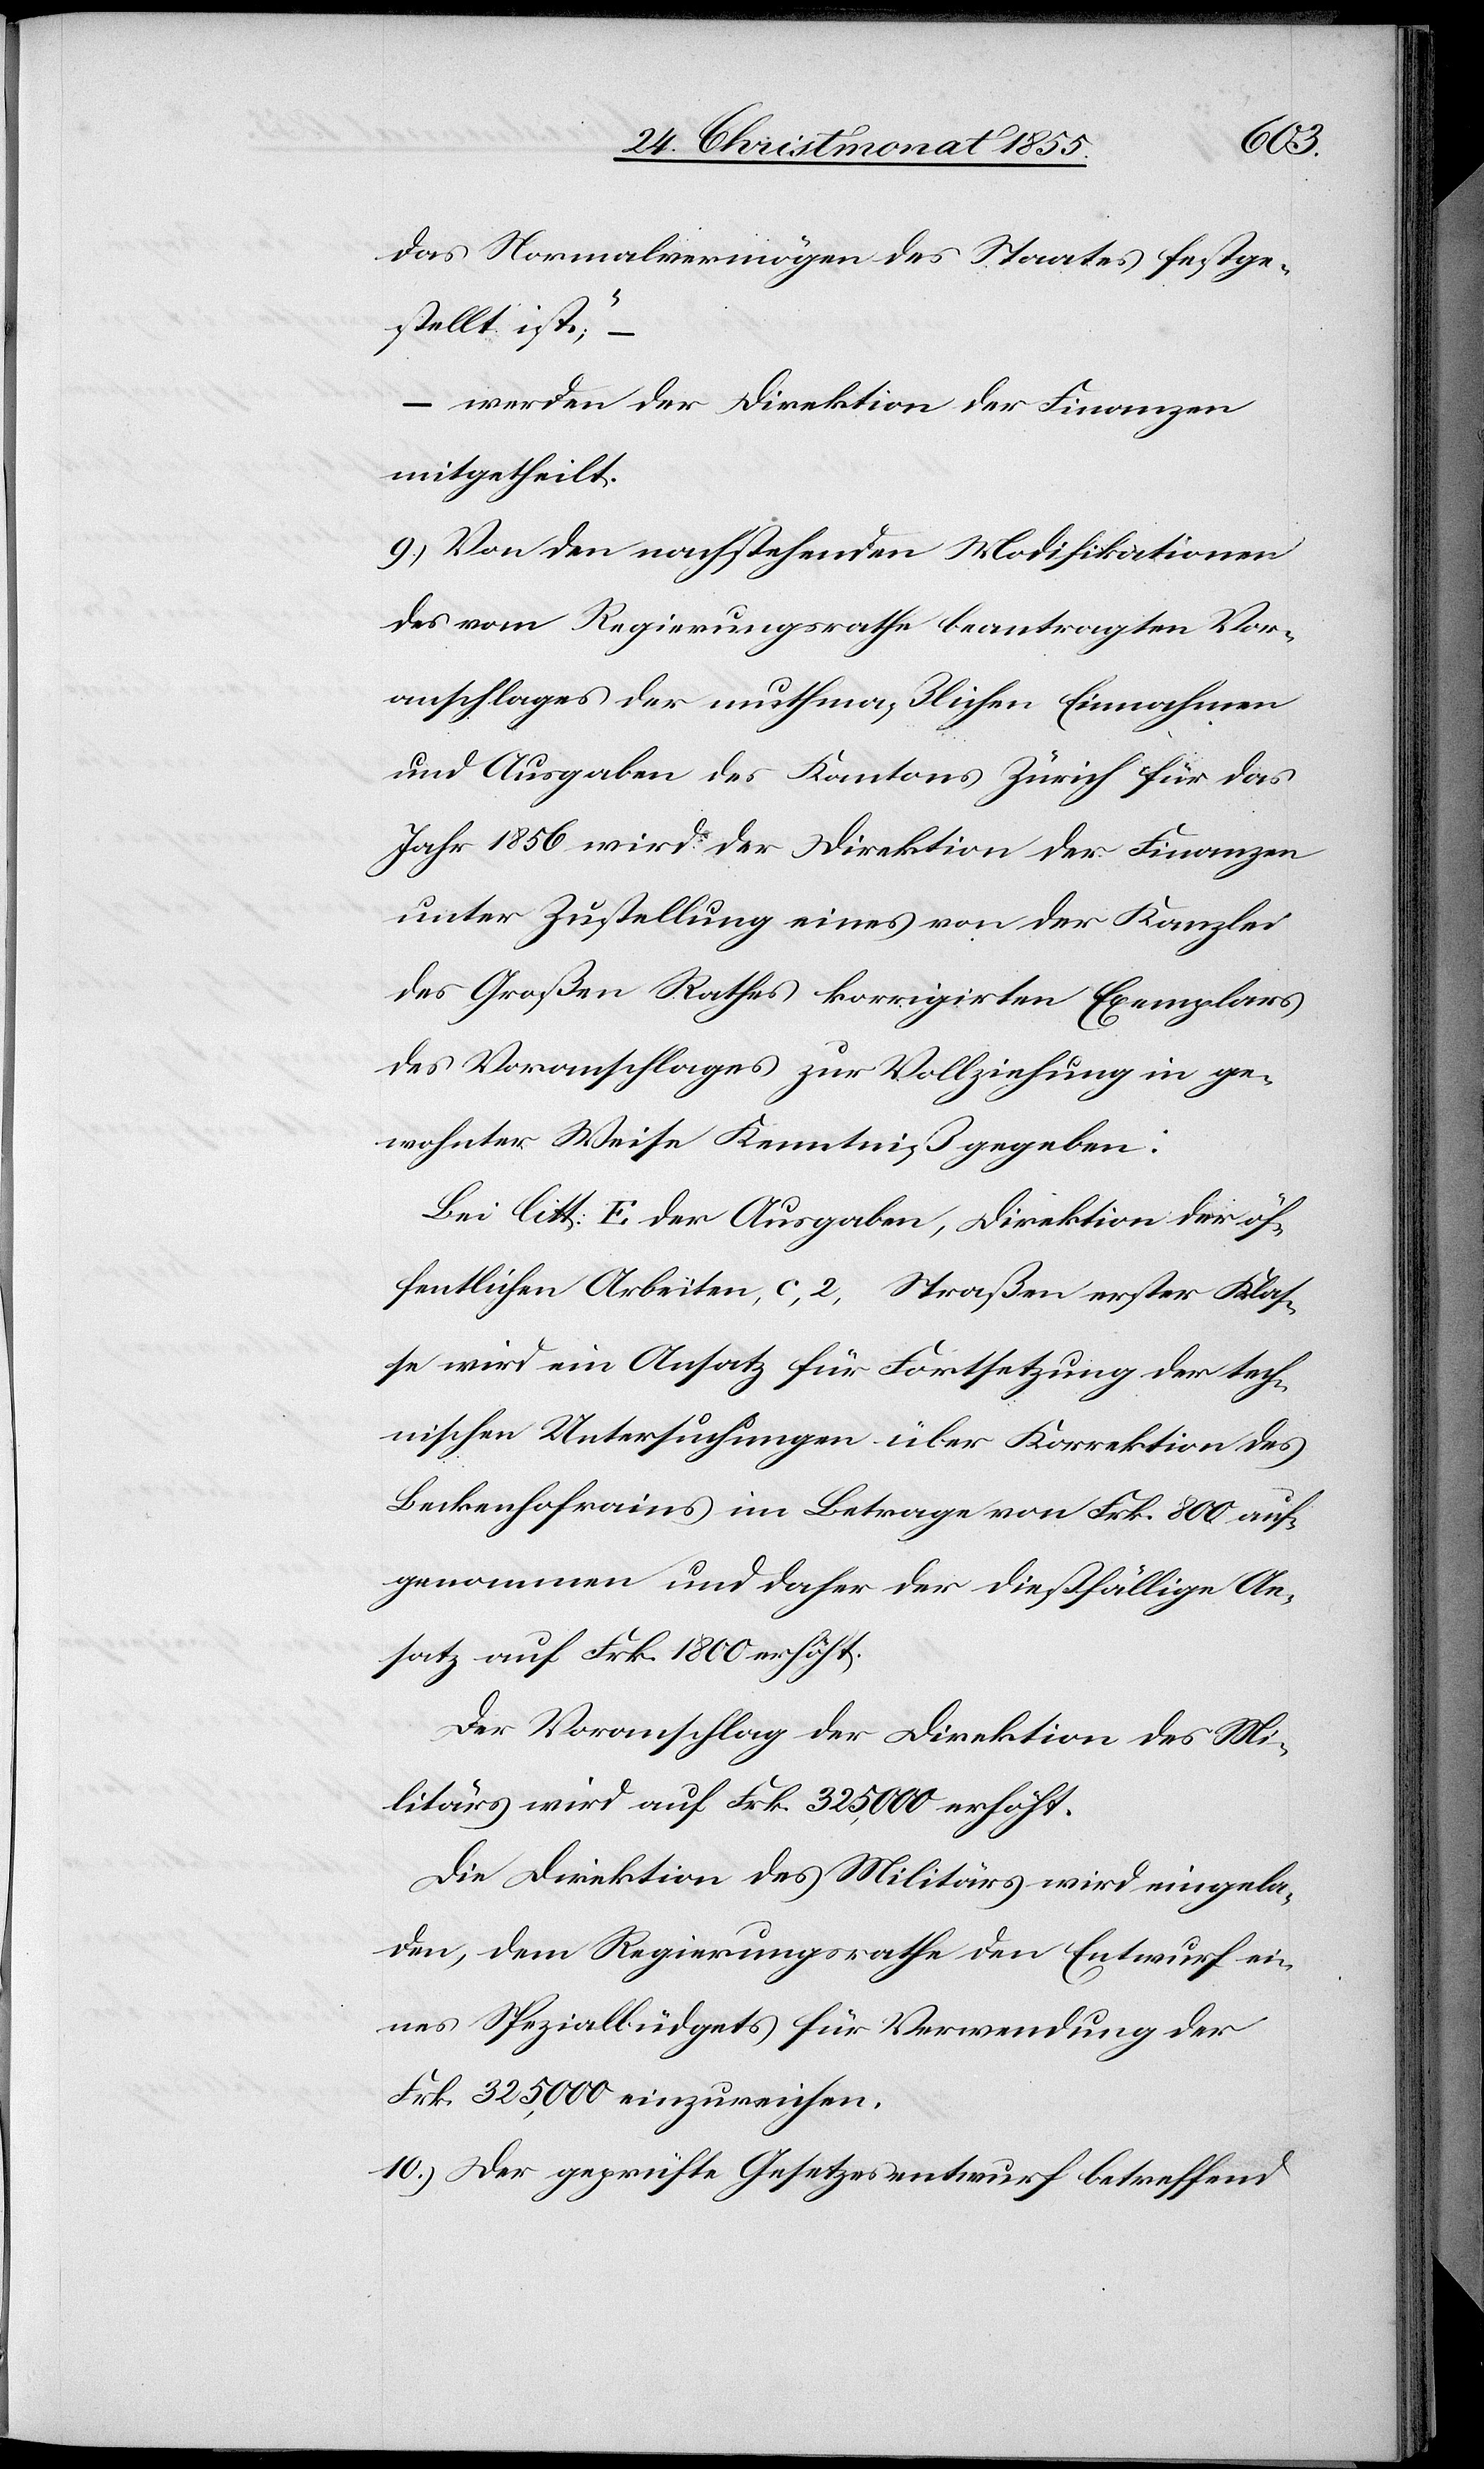
das Normalvermögen des Staates festge¬
stellt ist“;
– werden der Direktion der Finanzen
mitgetheilt.
Von den nachstehenden Modifikationen
des vom Regierungsrathe beantragten Vor¬
anschlages der muthmaßlichen Einnahmen
und Ausgaben des Kantons Zürich für das
Jahr 1856 wird der Direktion der Finanzen
unter Zustellung eines von der Kanzlei
des Großen Rathes korrigirten Exemplars
des Voranschlages zur Vollziehung in ge¬
wohnter Weise Kenntniß gegeben:
Bei litt: E der Ausgaben, Direktion der öf¬
fentlichen Arbeiten, c, 2, Straßen erster Klas¬
se wird ein Ansatz für Fortsetzung der tech¬
nischen Untersuchungen über Korrektion des
Beckenhofrains im Betrage von Frk. 800 auf¬
genommen und daher der dießfällige An¬
satz auf Frk. 1800 erhöht.
Der Voranschlag der Direktion des Mi¬
litärs wird auf Frk. 325,000 erhöht.
Die Direktion des Militärs wird eingela¬
den, dem Regierungsrathe den Entwurf ei¬
nes Spezialbüdgets für Verwendung der
Frk. 325,000 einzureichen.
Der geprüfte Gesetzesentwurf betreffend